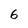
Character: 6